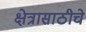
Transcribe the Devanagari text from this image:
क्षेत्रासाठीचे